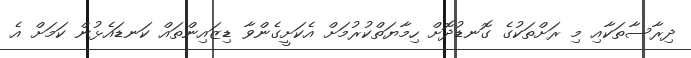
ދިރާސާތަކާއި މި ރަށްތަކުގެ ގޮނޑުދޮށް ހިމާޔަތްކުރުމަށް އެކަށީގެންވާ ޑިޒައިންތައް ކަނޑައެޅުން ކަމަށް އެ